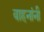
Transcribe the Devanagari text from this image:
वाहनांनी